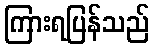
ကြားရပြန်သည်